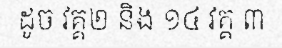
ដូច វគ្គ២ និង ១៤ វគ្គ ៣